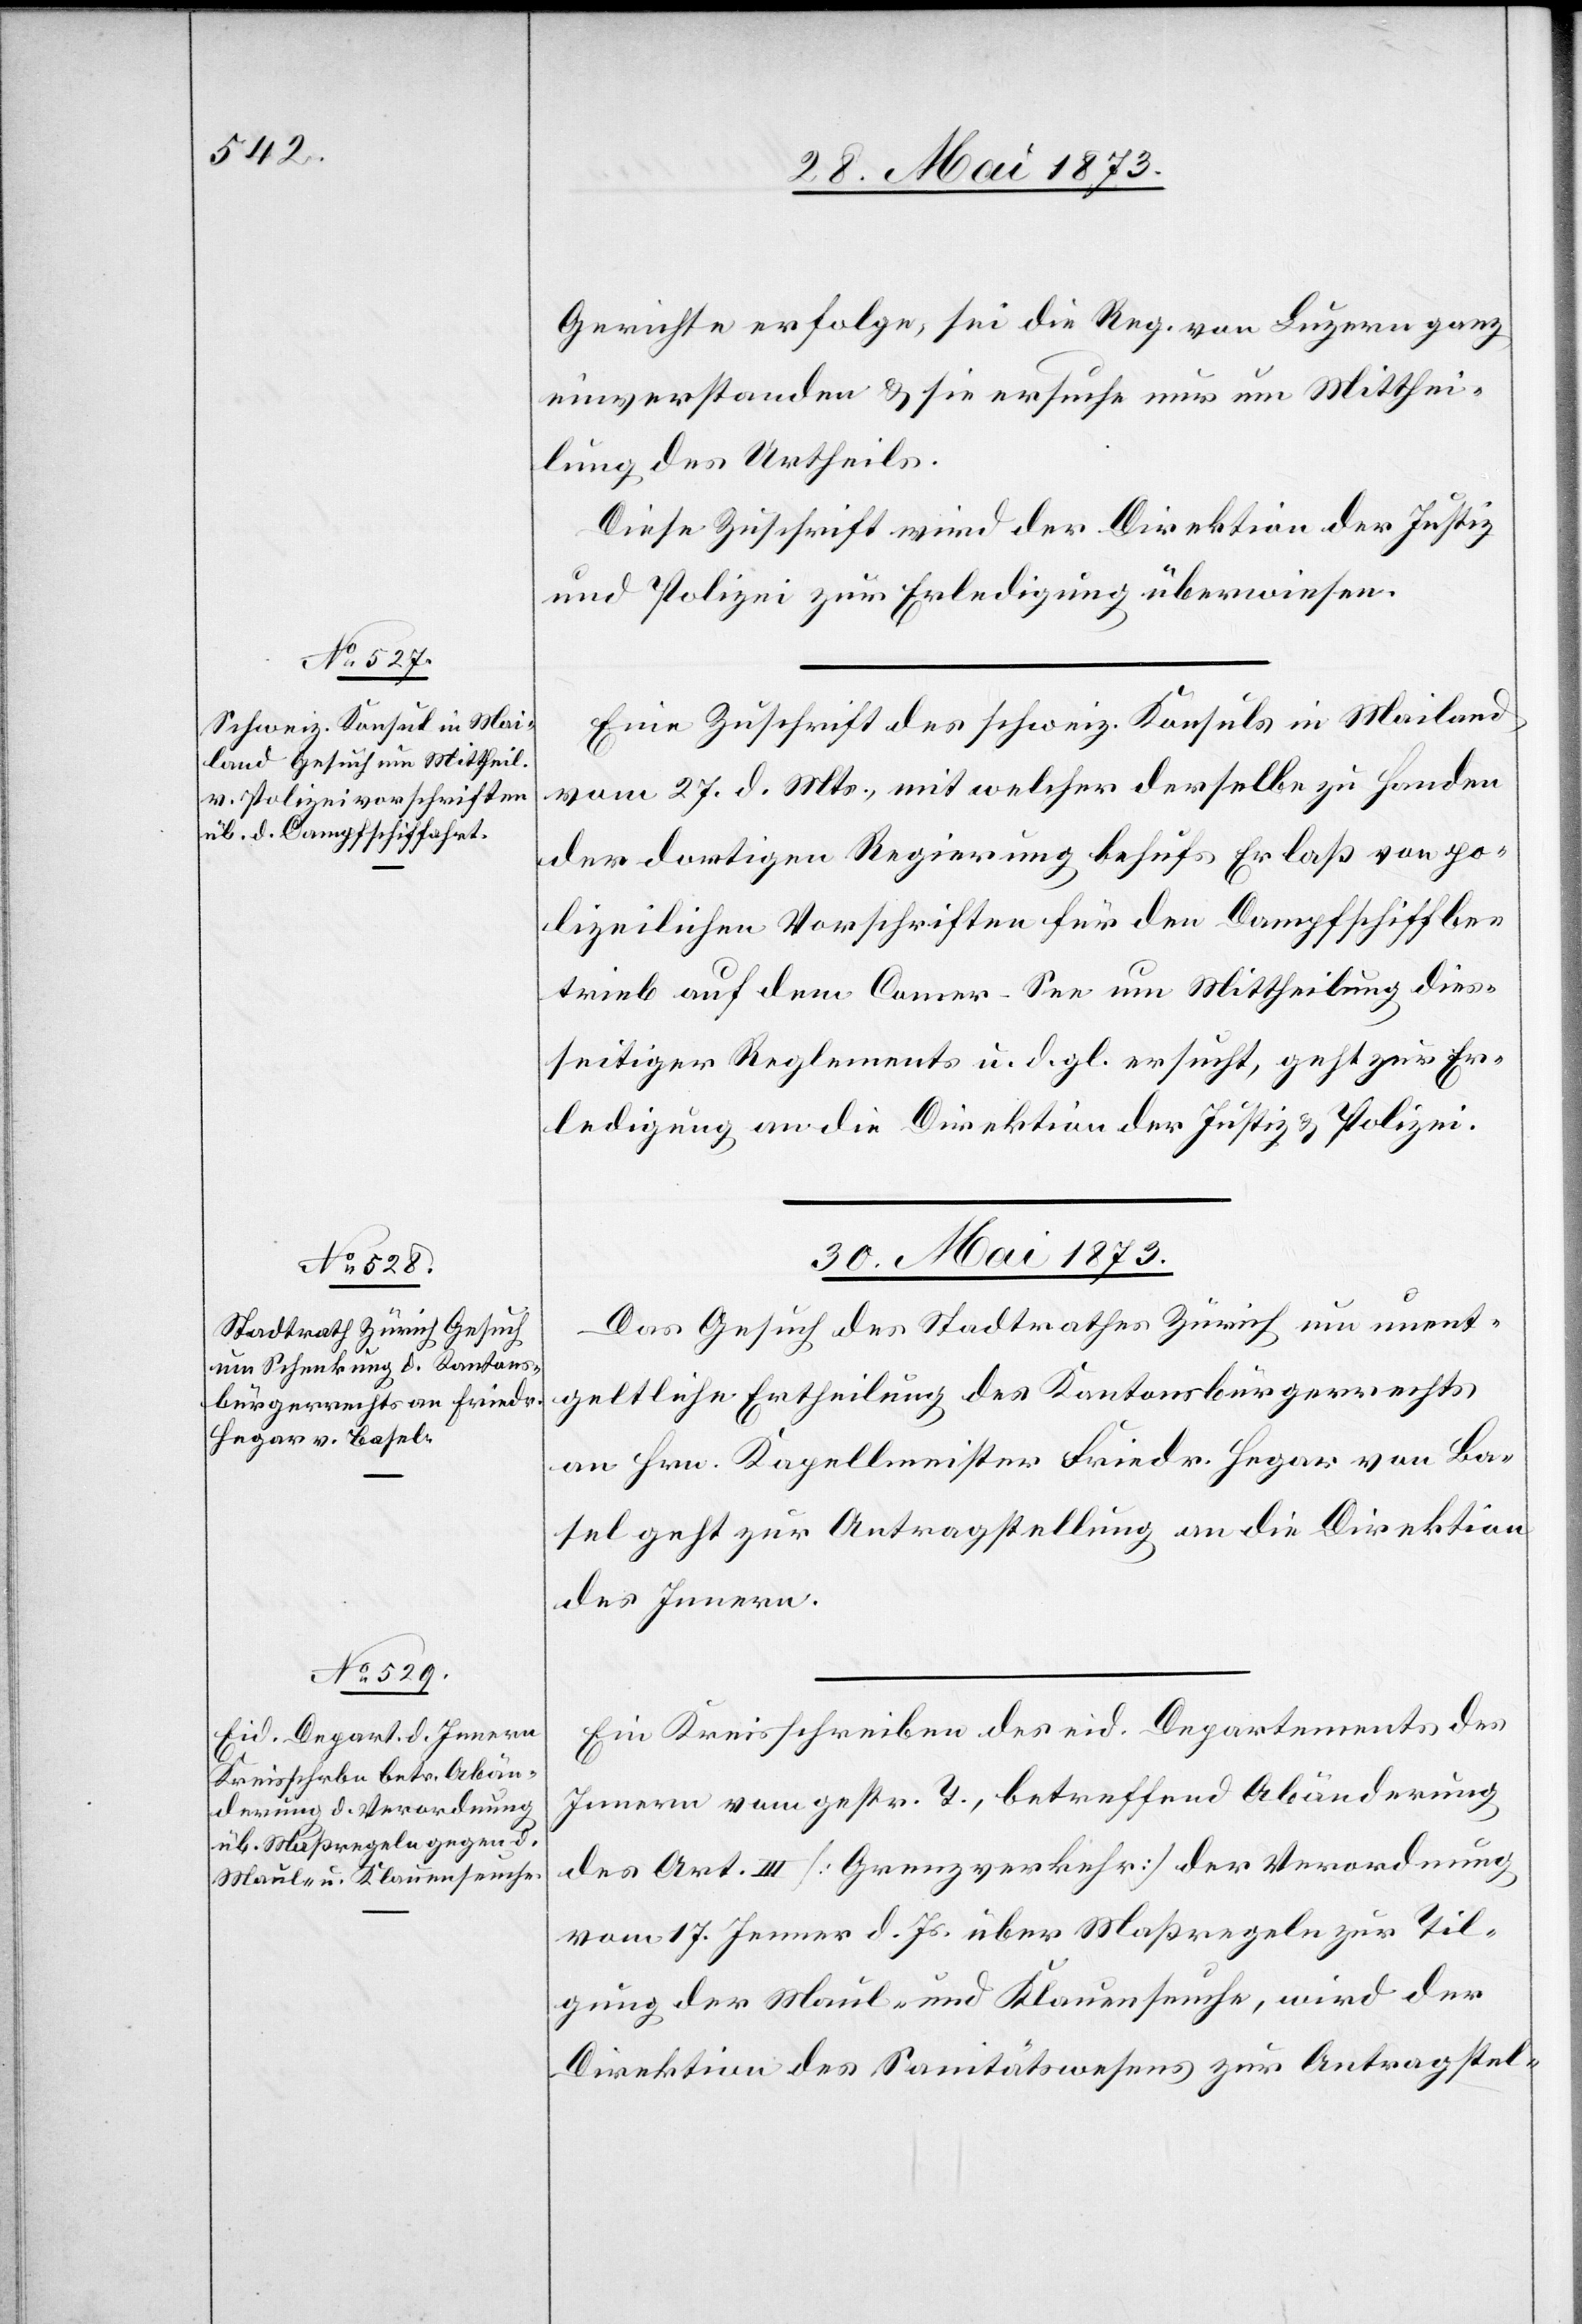
29. Mai 1873]
Gerichte erfolge, sei die Reg. von Luzern ganz
einverstanden & sie ersuche nur um Mitthei¬
lung der Urtheils.
Diese Zuschrift wird der Direktion der Justiz
und Polizei zur Erledigung überwiesen.
Eine Zuschrift des schweiz. Konsuls in Mailand
vom 27. d. Mts., mit welcher derselbe zu Handen
der dortigen Regierung behufs Erlaß von po¬
lizeilichen Vorschriften für den Dampfschiffbe¬
trieb auf dem Comer-See um Mittheilung dies¬
seitiger Reglements u. d. gl. ersucht, geht zur Er¬
ledigung an die Direktion der Justiz & Polizei.
30. Mai 1873]
Das Gesuch des Stadtrathes Zürich um unent¬
geltliche Ertheilung des Kantonsbürgerrechts
an Hrn. Kapellmeister Friedr. Hegar von Ba¬
sel geht zur Antragstellung an die Direktion
des Innern.
Ein Kreisschreiben des eid. Departements des
Innern vom gestr. T., betreffend Abänderung
des Art. III [Grenzverkehr] der Verordnung
vom 17. Jenner d. Js. über Maßregeln zur Til¬
gung der Maul- und Klauenseuche, wird der
Direktion des Sanitätswesens zur Antragstel-